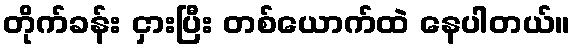
တိုက်ခန်း ငှားပြီး တစ်ယောက်ထဲ နေပါတယ်။